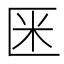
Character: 𠤻